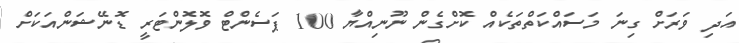
އަދި ވަރަށް ގިނަ މަސައްކަތްތަކެއް ކޮށްގެން ނޫނިއްޔާ 100 ޕަސެންޓް ވޮލޮންޓަރީ ޑޮނޭޝަންއަކަށް